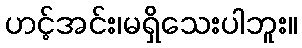
ဟင့်အင်း၊မရှိသေးပါဘူး။